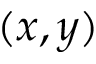
( x , y )